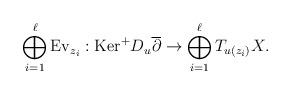
LaTeX: \begin{align*}\bigoplus_{i=1}^{\ell} {\rm Ev}_{z_i}:{\rm Ker}^+ D_u\overline{\partial}\to \bigoplus_{i=1}^{\ell} T_{u(z_i)}X.\end{align*}